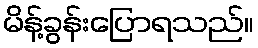
မိန့်ခွန်းပြောရသည်။